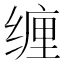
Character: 缠